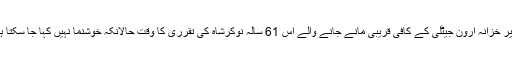
وزیر خزانہ ارون جیٹلی کے کافی قریبی مانے جانے والے اس 61 سالہ نوکرشاہ کی تقرری کا وقت حالانکہ خوشنما نہیں کہا جا سکتا ہے۔